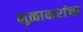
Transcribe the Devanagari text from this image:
मुळाक्षरांचा